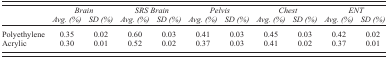
<table><thead><tr><td></td><td colspan="2"><b><i>Brain</i></b></td><td colspan="2"><b><i>SRS Brain</i></b></td><td colspan="2"><b><i>Pelvis</i></b></td><td colspan="2"><b><i>Chest</i></b></td><td colspan="2"><b><i>ENT</i></b></td></tr><tr><td></td><td><b><i>Avg. (%)</i></b></td><td><b><i>SD (%)</i></b></td><td><b><i>Avg. (%)</i></b></td><td><b><i>SD (%)</i></b></td><td><b><i>Avg. (%)</i></b></td><td><b><i>SD (%)</i></b></td><td><b><i>Avg. (%)</i></b></td><td><b><i>SD (%)</i></b></td><td><b><i>Avg. (%)</i></b></td><td><b><i>SD (%)</i></b></td></tr></thead><tbody><tr><td>Polyethylene</td><td>0.35</td><td>0.02</td><td>0.60</td><td>0.03</td><td>0.41</td><td>0.03</td><td>0.45</td><td>0.03</td><td>0.42</td><td>0.02</td></tr><tr><td>Acrylic</td><td>0.30</td><td>0.01</td><td>0.52</td><td>0.02</td><td>0.37</td><td>0.03</td><td>0.41</td><td>0.02</td><td>0.37</td><td>0.01</td></tr></tbody></table>